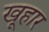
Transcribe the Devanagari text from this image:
खूहार